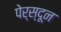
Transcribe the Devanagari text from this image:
पेर्स्दून